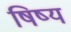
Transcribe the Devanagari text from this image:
षिष्य